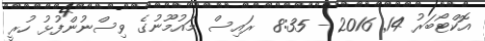
އޮކްޓޯބަރު 14